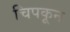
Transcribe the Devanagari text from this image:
चिपकून